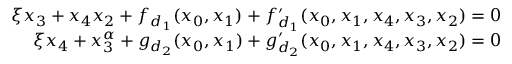
\begin{array} { r } { \xi x _ { 3 } + x _ { 4 } x _ { 2 } + f _ { d _ { 1 } } ( x _ { 0 } , x _ { 1 } ) + f _ { d _ { 1 } } ^ { \prime } ( x _ { 0 } , x _ { 1 } , x _ { 4 } , x _ { 3 } , x _ { 2 } ) = 0 } \\ { \xi x _ { 4 } + x _ { 3 } ^ { \alpha } + g _ { d _ { 2 } } ( x _ { 0 } , x _ { 1 } ) + g _ { d _ { 2 } } ^ { \prime } ( x _ { 0 } , x _ { 1 } , x _ { 4 } , x _ { 3 } , x _ { 2 } ) = 0 } \end{array}